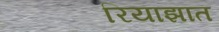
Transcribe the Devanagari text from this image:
रियाझात